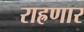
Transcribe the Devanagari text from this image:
राह्रणार